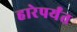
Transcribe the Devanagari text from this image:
हारेपर्यंत